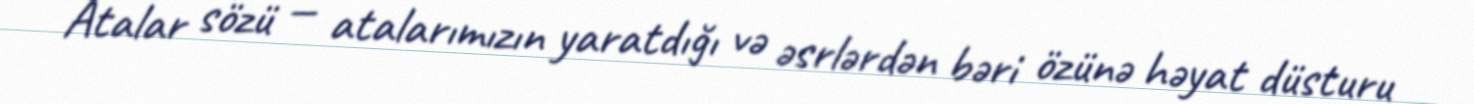
Atalar sözü — atalarımızın yaratdığı və əsrlərdən bəri özünə həyat düsturu